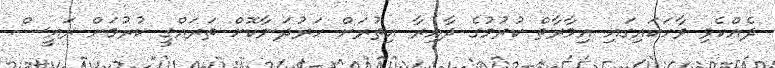
ދެއްކެވި ވާހަކައިގައި އިމާރާތް ކުރުމުގެ ދާއިރާ އިތުރަށް ހަރުދަނާކޮށް ތަރައްގީ ކުރުމަށް ރައީސް